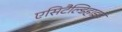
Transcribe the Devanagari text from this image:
एसिटैल्डिहाइड